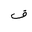
Letter: _qaf